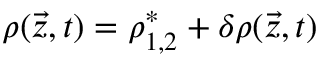
\rho ( \vec { z } , t ) = \rho _ { 1 , 2 } ^ { * } + \delta \rho ( \vec { z } , t )